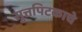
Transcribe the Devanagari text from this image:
सुत्तपिटकाचे